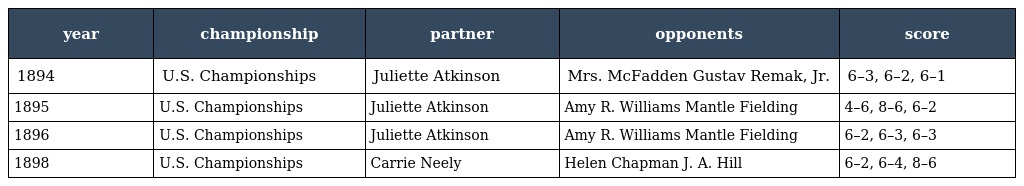
| year | championship | partner | opponents | score |
 | --- | --- | --- | --- | --- |
 | 1894 | U.S. Championships | Juliette Atkinson | Mrs. McFadden Gustav Remak, Jr. | 6–3, 6–2, 6–1 |
 | 1895 | U.S. Championships | Juliette Atkinson | Amy R. Williams Mantle Fielding | 4–6, 8–6, 6–2 |
 | 1896 | U.S. Championships | Juliette Atkinson | Amy R. Williams Mantle Fielding | 6–2, 6–3, 6–3 |
 | 1898 | U.S. Championships | Carrie Neely | Helen Chapman J. A. Hill | 6–2, 6–4, 8–6 |